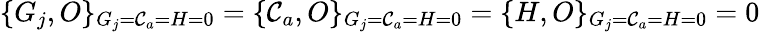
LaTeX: \{ G_{j},O\} _{G_{j}=\mathcal{C}_{a}=H=0}=\{ \mathcal{C}_{a},O\} _{G_{j}=\mathcal{C}_{a}=H=0}=\{ H,O\} _{G_{j}=\mathcal{C}_{a}=H=0}=0